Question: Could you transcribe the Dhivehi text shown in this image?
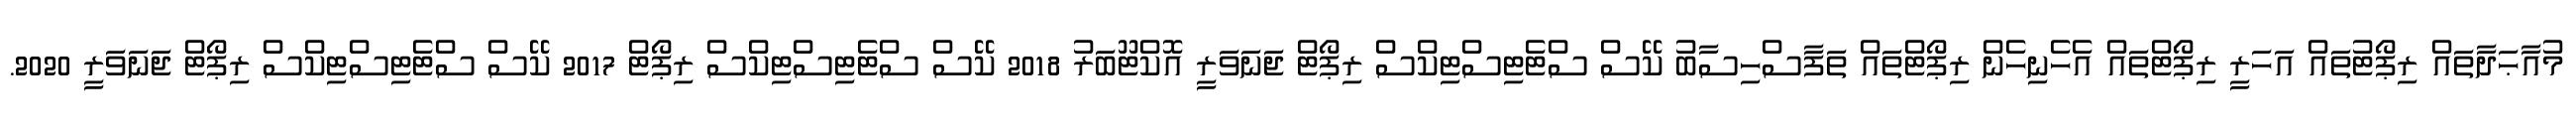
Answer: މުއާޙަދާތައް ރިޕޯޓުތައް އަހަރީ ރިޕޯޓްތައް އެހެނިހެން ރިޕޯޓްތައް ތަފާސްހިސާބު ކޭސް ސްޓެޓިސްޓިކްސް ރިޕޯޓް ޖަނަވަރީ އޮކްޓޫބަރު 2018 ކޭސް ސްޓެޓިސްޓިކްސް ރިޕޯޓް 2017 ކޭސް ސްޓެޓިސްޓިކްސް ރިޕޯޓް ޖަނަވަރީ 2020.